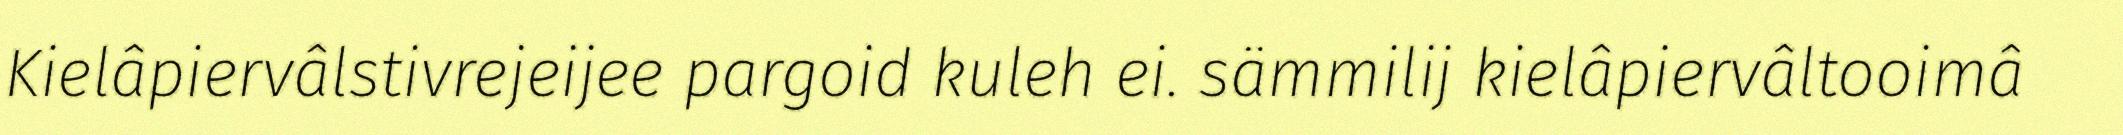
Kielâpiervâlstivrejeijee pargoid kuleh ei. sämmilij kielâpiervâltooimâ